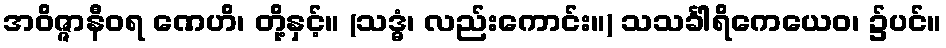
အဝိဇ္ဇာနီဝရ ဏေဟိ၊ တို့နှင့်။ (သဒ္ဓံ၊ လည်းကောင်း။) သသင်္ခါရိကေယေဝ၊ ၌ပင်။